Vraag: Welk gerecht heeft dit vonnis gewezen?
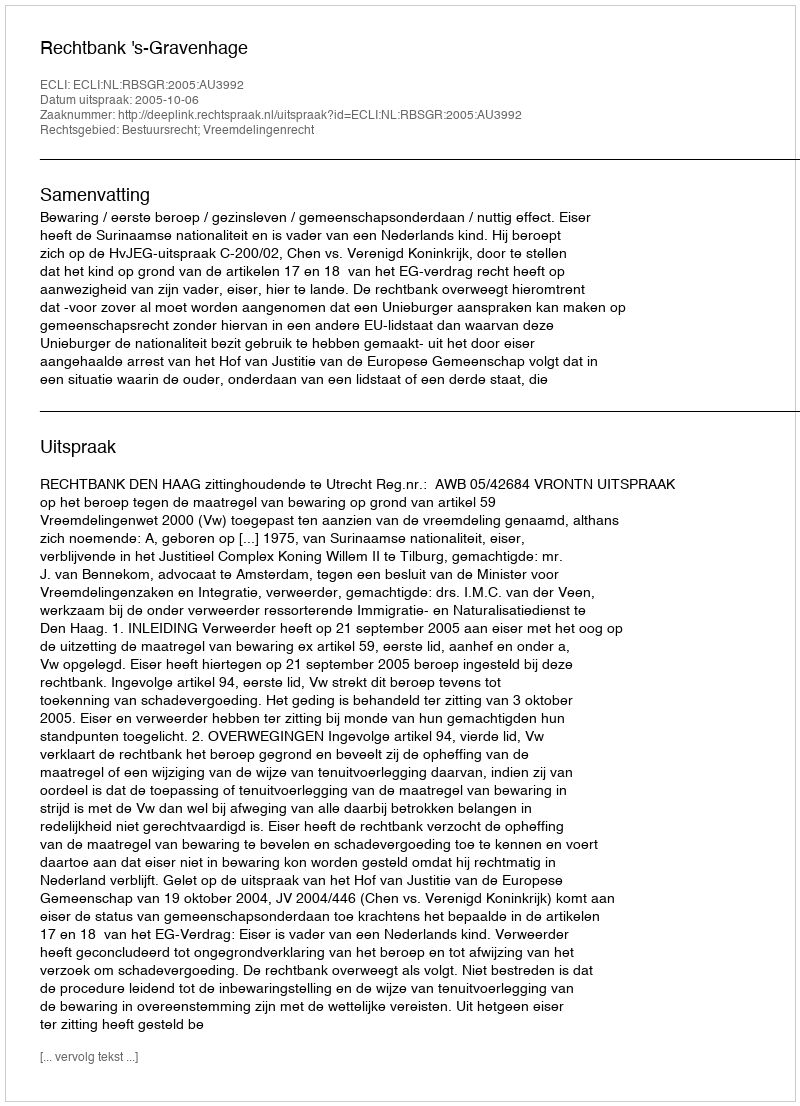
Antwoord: Rechtbank 's-Gravenhage